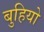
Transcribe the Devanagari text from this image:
बुहियो